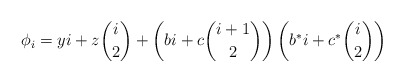
\begin{align*}\phi_i = yi + z\binom{i}{2} + \left(bi+c\binom{i+1}{2}\right)\left(b^*i+c^*\binom{i}{2}\right)\end{align*}